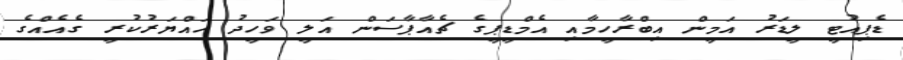
ޑެޕިއުޓީ ލީޑަރު އަމީން އިބްރާހީމާއި އެމްޑީޕީގެ ޗެއާޕާސަން އަލީ ވަހީދު ހައްޔަރުކުރީ ގެއެއްގެ